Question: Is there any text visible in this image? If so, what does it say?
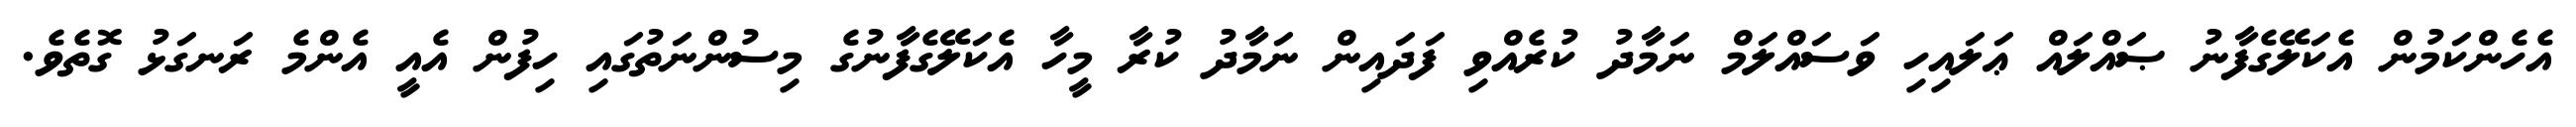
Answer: އެހެންކަމުން އެކަލޭގެފާނު ޞައްލައް ޢަލައިހި ވަސައްލަމް ނަމާދު ކުރެއްވި ފަދައިން ނަމާދު ކުރާ މީހާ އެކަލޭގެފާނުގެ މިސުންނަތުގައި ހިފުން އެއީ އެންމެ ރަނގަޅު ގޮތެވެ.